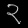
Digit: ၃